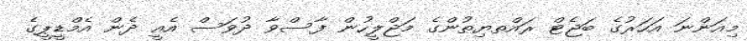
މިއަންނަ އަހަރުގެ ބަޖެޓް ރައްތޔިތުންގެ މަޖްލީހުން ފާސްވާ ދުވަސް އެއީ ދެން އެމްޑީޕީގެ